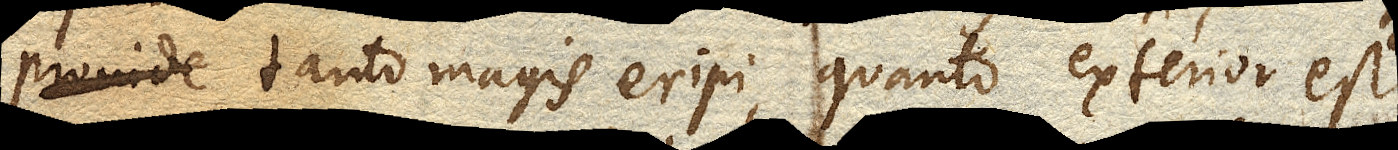
proinde tanto magis eripi, quanto exterior est